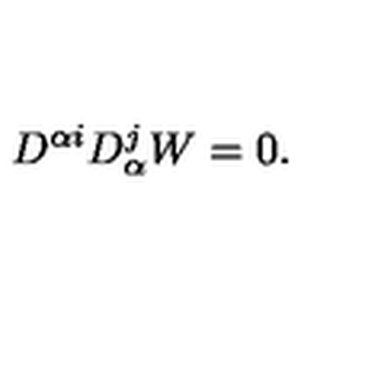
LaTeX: D ^ { \alpha i } D _ { \alpha } ^ { j } W = 0 .